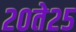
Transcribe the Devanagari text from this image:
२०ते२५